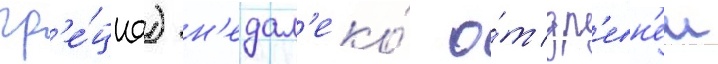
гр'е́циа) н'едал'еко́ о́т др'евн'еи